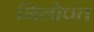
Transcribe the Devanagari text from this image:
निलोपंत